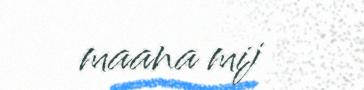
maana mij